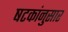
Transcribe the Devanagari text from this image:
षटकांनुसार